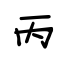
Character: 丙